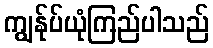
ကျွန်ုပ်ယုံကြည်ပါသည်